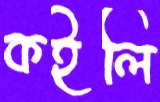
কইলি